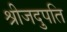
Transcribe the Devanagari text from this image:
श्रीजदुपति